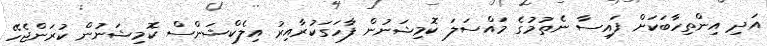
އަދި އިންތިހާބަކަށް ފައިސާ ނެތުމުގެ މައްސަލަ ކޮމިޝަނުން ފާހަގަކުރާއިރު އިލެކްޝަންސް ކޮމިޝަނުން ކުރަންޖެހޭ